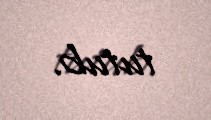
tutub.